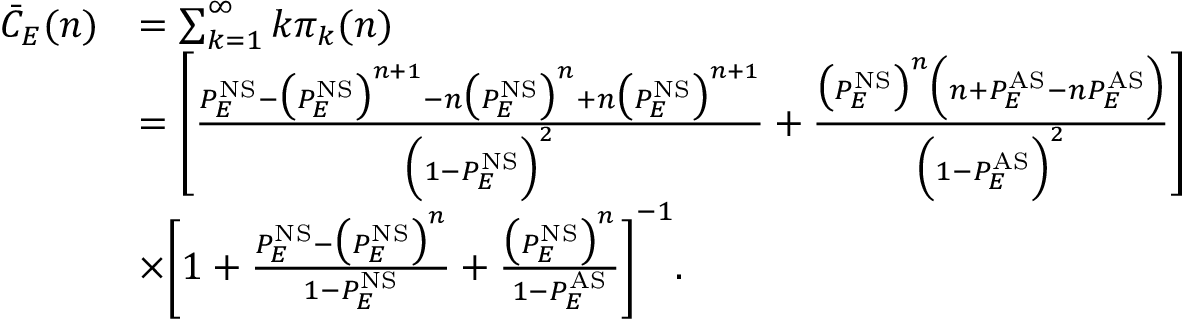
\begin{array} { r l } { \bar { C } _ { E } ( n ) } & { = \sum _ { k = 1 } ^ { \infty } k \pi _ { k } ( n ) } \\ & { = \left[ \frac { P _ { E } ^ { \mathrm { N S } } - \big ( P _ { E } ^ { \mathrm { N S } } \big ) ^ { n + 1 } - n \big ( P _ { E } ^ { \mathrm { N S } } \big ) ^ { n } + n \big ( P _ { E } ^ { \mathrm { N S } } \big ) ^ { n + 1 } } { \Big ( 1 - P _ { E } ^ { \mathrm { N S } } \Big ) ^ { 2 } } + \frac { \big ( P _ { E } ^ { \mathrm { N S } } \big ) ^ { n } \Big ( n + P _ { E } ^ { \mathrm { A S } } - n P _ { E } ^ { \mathrm { A S } } \Big ) } { \Big ( 1 - P _ { E } ^ { \mathrm { A S } } \Big ) ^ { 2 } } \right] } \\ & { \times \Bigg [ 1 + \frac { P _ { E } ^ { \mathrm { N S } } - \big ( P _ { E } ^ { \mathrm { N S } } \big ) ^ { n } } { 1 - P _ { E } ^ { \mathrm { N S } } } + \frac { \big ( P _ { E } ^ { \mathrm { N S } } \big ) ^ { n } } { 1 - P _ { E } ^ { \mathrm { A S } } } \Bigg ] ^ { - 1 } . } \end{array}